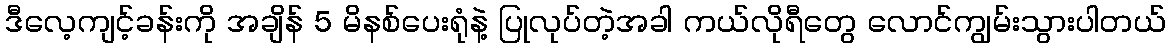
ဒီလေ့ကျင့်ခန်းကို အချိန် 5 မိနစ်ပေးရုံနဲ့ ပြုလုပ်တဲ့အခါ ကယ်လိုရီတွေ လောင်ကျွမ်းသွားပါတယ်